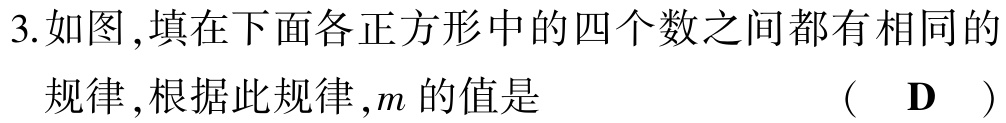
3.如图，填在下面各正方形中的四个数之间都有相同的

规律，根据此规律，\(m\)的值是 （ \(\mathbf{D}\) ）